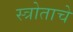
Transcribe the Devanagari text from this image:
स्त्रोताचे